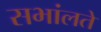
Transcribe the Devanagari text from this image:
सभांलते